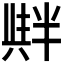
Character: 𠦺